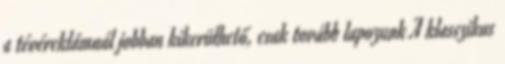
a tévéreklámnál jobban kikerülhető, csak tovább lapozunk A klasszikus